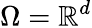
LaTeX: \Omega=\mathbb{R}^{d}